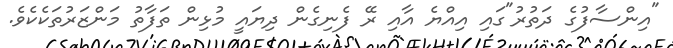
"އިންސާފުގެ ދަތުރު"ގައި އިއްޔެ އާއި ރޭ ފެނިގެން ދިޔައީ މުޅިން ތަފާތު މަންޒަރުތަކެކެވެ.